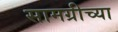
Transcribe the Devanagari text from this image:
सामग्रीच्या